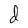
Character: d